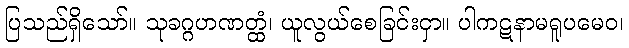
ပြသည်ရှိသော်။ သုခဂ္ဂဟဏတ္ထံ၊ ယူလွယ်စေခြင်းငှာ။ ပါကဋနာမရူပမေဝ၊